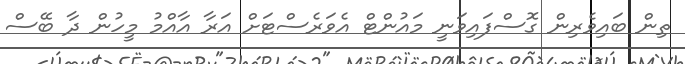
ތިން ބައިވެރިން ގޮސްފައިވަނީ މައުންޓް އެވަރެސްޓަށް އަރާ އާއްމު މީހުން ދާ ބޭސް